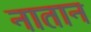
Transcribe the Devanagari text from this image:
नातान